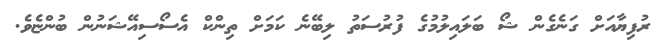
ރުފިޔާއަށް ގަނެގެން ޝޯ ބަލައިލުމުގެ ފުރުސަތު ލިބޭނެ ކަމަށް ތިންކް އެސޯސިއޭޝަނުން ބުންޏެވެ.